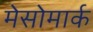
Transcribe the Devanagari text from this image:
मेसोमार्क